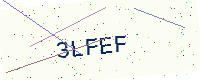
Text: 3LFEF